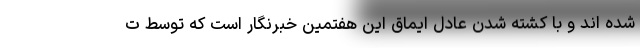
شده اند و با کشته شدن عادل ایماق این هفتمین خبرنگار است که توسط ت